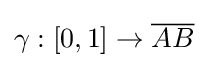
\gamma :[0,1]\to {\overline {AB}}